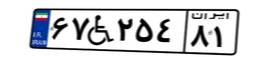
۶۷W۲۵۴۸۱